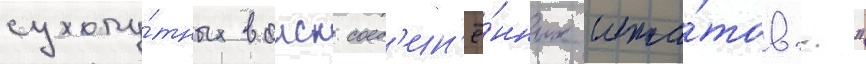
сухопу́тных воиск соед'ин'ё́нных шта́тов..."